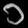
Digit: ၁